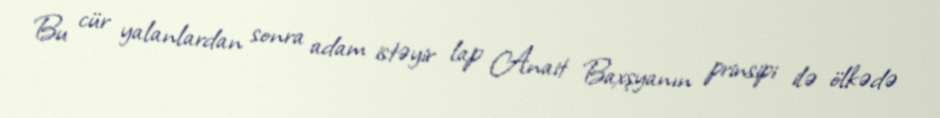
Bu cür yalanlardan sonra adam istəyir lap Anait Baxşyanın prinsipi ilə ölkədə